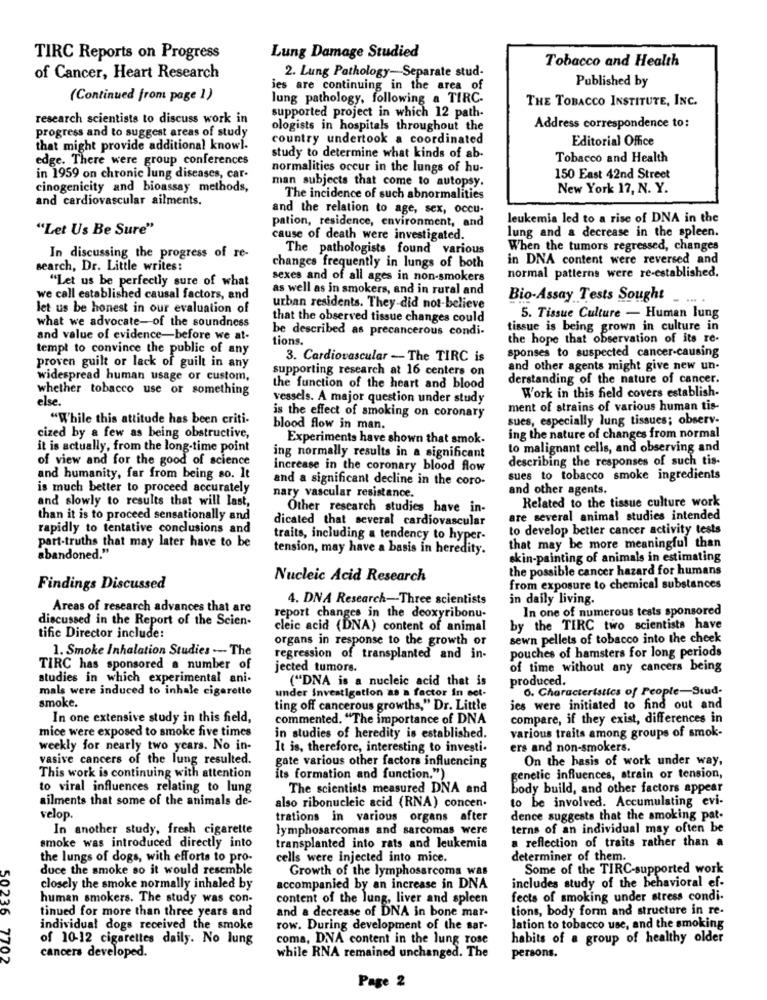
TIRC Reports on Progress
Lung Damage Studied
Tobacco and Health
2. Lung Pathology-Separate stud-
of Cancer, Heart Research
Published by
ies are continuing in the area_of
(Continued from page 1)
lung pathology, following a TIRC.
THE TOBACCO INSTITUTE, INC.
research scientists to discuss work in
supported project in which 12 path-
progress and to suggest areas of study
ologists in hospitals throughout the
Address correspondence to:
country undertook a coordinated
Editorial Office
that might provide additional knowl.
edge. There were group conferences
study to determine what kinds of ab-
Tobacco and Health
normalities occur in the lungs of hu-
in 1959 on chronic lung diseases, car-
150 East 42nd Street
cinogenicity and bioassay methods,
man subjects that come to autopsy.
New York 17, N. Y.
and cardiovascular ailments.
The incidence of such abnormalities
and the relation to age, sex, occu-
pation, residence, environment, and
leukemia led to a rise of DNA in the
"Let Us Be Sure"
lung and a decrease in the spleen.
cause of death were investigated.
The pathologists found various
When the tumors regressed, changes
In discussing the progress of re-
in DNA content were reversed and
search, Dr. Little writes:
changes frequently in lungs of both
"Let us be perfectly sure of what
sexes and of all ages in non-smokers
normal patterns were re-established.
as well as in smokers, and in rural and
we call established causal factors, and
Bio-Assay Tests Sought
--.
let us be honest in our evaluation of
urban residents. They did not-believe
what we advocate-of the soundness
that the observed tissue changes could
5. Tissue Culture - Human lung
be described as precancerous condi-
tissue is being grown in culture in
and value of evidence-before we at-
tions.
the hope that observation of its re-
tempt to convince the public of any
sponses to suspected cancer-causing
3. Cardiovascular - The TIRC is
proven guilt or lack of guilt in any
supporting research at 16 centers on
and other agents might give new un-
widespread human usage or custom,
derstanding of the nature of cancer.
whether tobacco use or something
the function of the heart and blood
Work in this field covers establish-
else.
vessels. A major question under study
ment of strains of various human tis-
"While this attitude has been criti-
is the effect of smoking on coronary
sues, especially lung tissues; observ-
blood flow in man.
cized by a few as being obstructive,
Experiments have shown that smok.
ing the nature of changes from normal
it is actually, from the long-time point
to malignant cells, and observing and
of view and for the good of science
ing normally results in a significant
describing the responses of such tis-
increase in the coronary blood flow
and humanity, far from being so. It
and a significant decline in the coro-
sues to tobacco smoke ingredients
is much better to proceed accurately
and other agents.
and slowly to results that will last,
nary vascular resistance.
Other research studies have in-
Related to the tissue culture work
than it is to proceed sensationally and
dicated that several cardiovascular
are several animal studies intended
rapidly to tentative conclusions and
to develop better cancer activity tests
part-truths that may later have to be
traits, including a tendency to hyper-
tension, may have a basis in heredity.
that may be more meaningful than
abandoned."
skin-painting of animals in estimating
the possible cancer hazard for humans
Nucleic Acid Research
Findings Discussed
from exposure to chemical substances
4. DNA Research -- Three scientists
in daily living.
Areas of research advances that are
In one of numerous tests sponsored
discussed in the Report of the Scien-
report changes in the deoxyribonu-
cleic acid (DNA) content of animal
by the TIRC two scientists have
tific Director include:
organs in response to the growth or
sewn pellets of tobacco into the cheek
1. Smoke Inhalation Studies -- The
pouches of hamsters for long periods
regression of transplanted and in-
TIRC has sponsored a number of
jected tumors.
of time without any cancers being
studies in which experimental ani-
("DNA is a nucleic acid that is
produced.
mals were induced to inhale cigarette
under Investigation as a factor in set-
6. Characteristics of People-Stud-
smoke.
ting off cancerous growths," Dr. Little
jes were initiated to find out and
In one extensive study in this field,
commented. "The importance of DNA
compare, if they exist, differences in
mice were exposed to smoke five times
in studies of heredity is established.
various traits among groups of smok-
weekly for nearly two years. No in-
It is, therefore, interesting to investi-
ers and non-smokers.
vasive cancers of the lung resulted.
gate various other factors influencing
On the basis of work under way,
This work is continuing with attention
its formation and function.")
genetic influences, strain or tension,
to viral influences relating to lung
The scientists measured DNA and
body build, and other factors appear
ailments that some of the animals de-
also ribonucleic acid (RNA) concen
to be involved. Accumulating evi-
velop.
trations in various organs after
dence suggests that the smoking pat-
In another study, fresh cigarette
lymphosarcomas and sarcomas were
terns of an individual may often be
a reflection of traits rather than a
smoke was introduced directly into
transplanted into rats and leukemia
the lungs of dogs, with efforts to pro-
cells were injected into mice.
determiner of them.
duce the smoke so it would resemble
Growth of the lymphosarcoma was
Some of the TIRC-supported work
closely the smoke normally inhaled by
accompanied by an increase in DNA
includes study of the behavioral ef-
human smokers. The study was con-
content of the lung, liver and spleen
fects of smoking under stress condi-
tinued for more than three years and
tions, body form and structure in re-
and a decrease of DNA in bone mar-
individual dogs received the smoke
row. During development of the sar-
lation to tobacco use, and the smoking
of 10-12 cigarettes daily. No lung
coma, DNA content in the lung rose
habits of a group of healthy older
cancers developed.
50236 7702
while RNA remained unchanged. The
persons.
Page 2